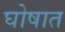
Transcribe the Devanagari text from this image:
घोषात